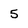
Character: 5